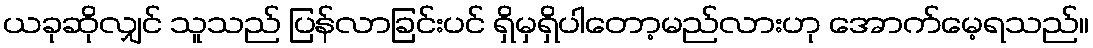
ယခုဆိုလျှင် သူသည် ပြန်လာခြင်းပင် ရှိမှရှိပါတော့မည်လားဟု အောက်မေ့ရသည်။